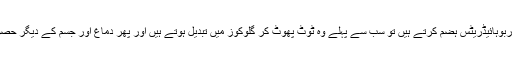
معمول کے مطابق جب ہم کاربوہائیڈریٹس ہضم کرتے ہیں تو سب سے پہلے وہ ٹوٹ پھوٹ کر گلوکوز میں تبدیل ہوتے ہیں اور پھر دماغ اور جسم کے دیگر حصوںکے استعمال میں آتے ہیں۔